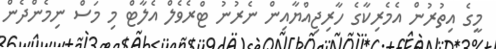
މީގެ އިތުރުން އެމެރިކާގެ ހާރިޖިއްޔާއިން ނެރުނު ޓްރެވެލް އެލާޓް މި މަސް ނިމެންދެން